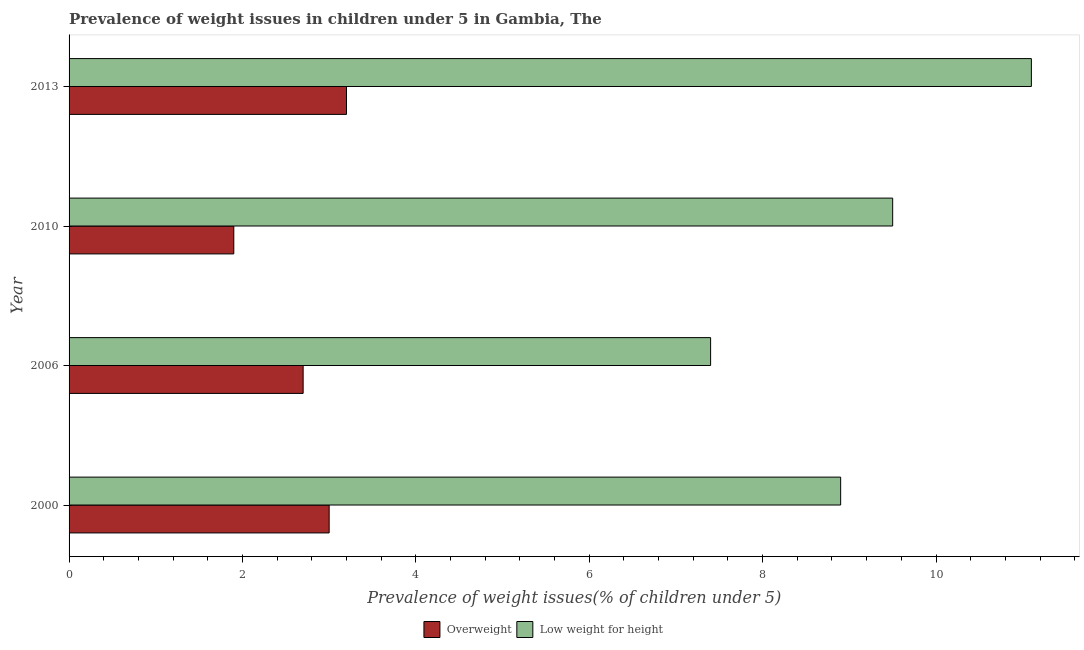
| Year | Overweight | Low weight for height |
 | --- | --- | --- |
 | 2000 | 3 | 8.9 |
 | 2006 | 2.7 | 7.4 |
 | 2010 | 1.9 | 9.5 |
 | 2013 | 3.2 | 11.1 |